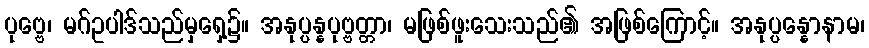
ပုဗ္ဗေ၊ မဂ်ဥပါဒ်သည်မှရှေ့၌။ အနုပ္ပန္နပုဗ္ဗတ္တာ၊ မဖြစ်ဖူးသေးသည်၏ အဖြစ်ကြောင့်။ အနုပ္ပန္နောနာမ၊